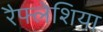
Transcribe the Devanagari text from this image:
रैफ्लेशिया